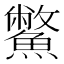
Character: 鱉